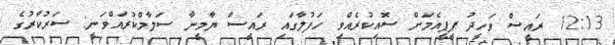
12:13 ރައީސް ވަހީދު ޕީޕީއެމަށް ސޮއިކުރެއްވި ހަފުލާގައި ރައީސް ޔާމީނާ ސަލާމްކުރައްވަނީ: ސަރުކާރުގެ